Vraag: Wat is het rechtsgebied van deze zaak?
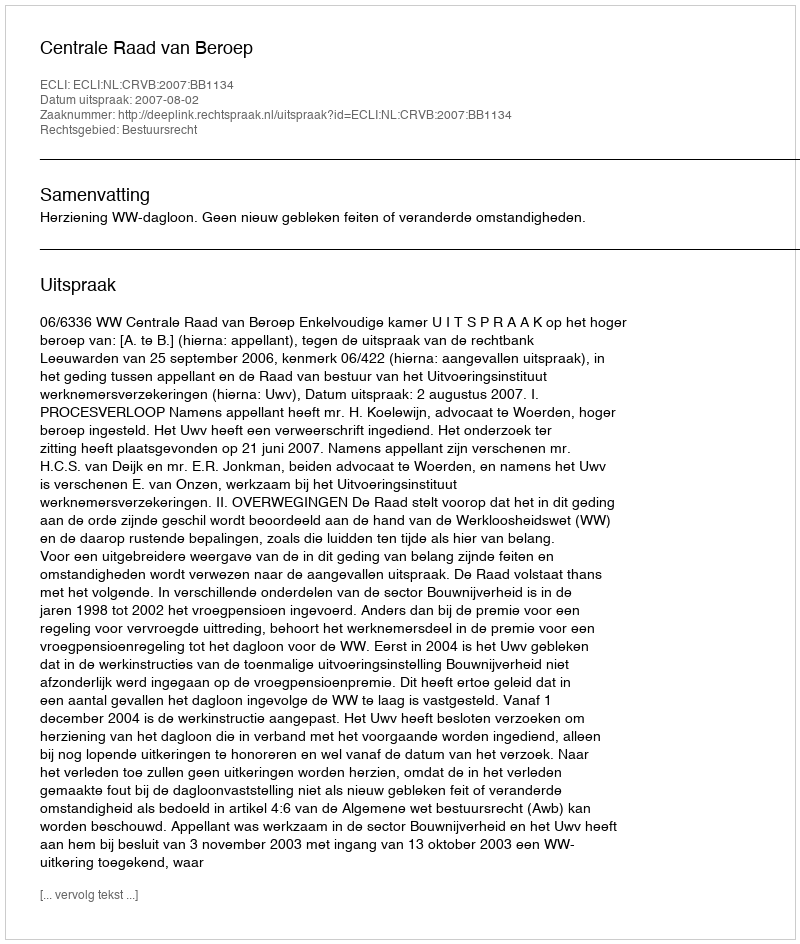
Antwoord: Bestuursrecht